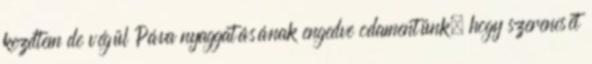
kezdtem de végül Páva nyaggatásának engedve odamentünk, hogy szerencsét